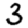
Digit: 3